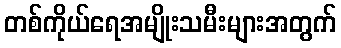
တစ်ကိုယ်ရေအမျိုးသမီးများအတွက်